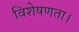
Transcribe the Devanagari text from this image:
विशेषणता।